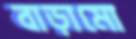
বাড়ামো